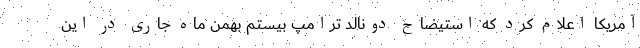
آمریکا اعلام کرد که استیضاح دونالد ترامپ بیستم بهمن ماه جاری در این